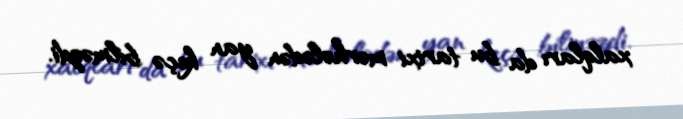
xalqları da bu tarixi mərhələdən yan keçə bilməzdi.